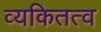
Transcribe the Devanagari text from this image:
व्यकितत्व